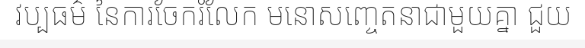
វប្បធម៌ នៃការចែករំលែក មនោសញ្ចេតនាជាមួយគ្នា ជួយ